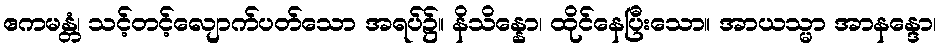
ဧကမန္တံ၊ သင့်တင့်လျောက်ပတ်သော အရပ်၌။ နိသိန္နော၊ ထိုင်နေပြီးသော။ အာယသ္မာ အာနန္ဒော၊